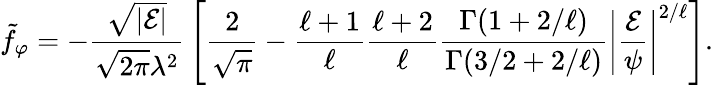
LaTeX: \tilde{f}_{\varphi}=-{\frac{\sqrt{|{\cal E}|}}{\sqrt{2\pi}\lambda^{2}}}\left[{\frac{2}{\sqrt{\pi}}}-{\frac{\ell+1}{\ell}}{\frac{\ell+2}{\ell}}{\frac{\Gamma(1+2/\ell)}{\Gamma(3/2+2/\ell)}}\left|\frac{\cal E}{\psi}\right|^{2/\ell}\right].